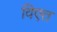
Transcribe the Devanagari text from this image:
विएत